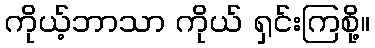
ကိုယ့်ဘာသာ ကိုယ် ရှင်းကြစို့။